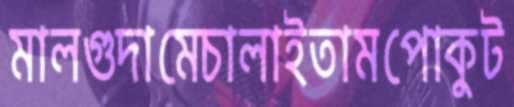
মালগুদামেচালাইতামপোকুট